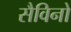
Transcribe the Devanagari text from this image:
सैविनो